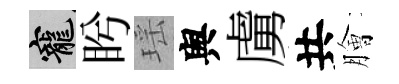
寵盻瑶舆虜共膾